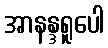
အာနန္ဒရူပေါ